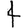
Digit: 4